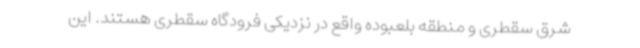
شرق سقطری و منطقه بلعبوده واقع در نزدیکی فرودگاه سقطری هستند. این